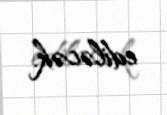
ediləcək.